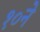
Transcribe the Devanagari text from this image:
१०ने